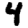
Digit: 4